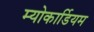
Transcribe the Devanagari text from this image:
म्योकार्डियम